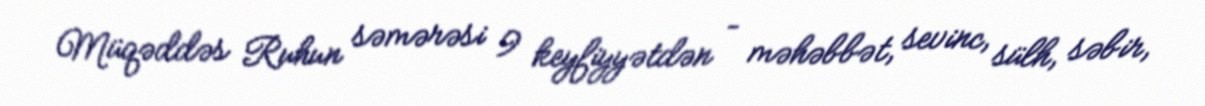
Müqəddəs Ruhun səmərəsi 9 keyfiyyətdən – məhəbbət, sevinc, sülh, səbir,